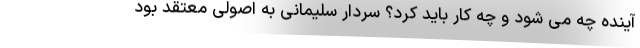
آینده چه می شود و چه کار باید کرد؟ سردار سلیمانی به اصولی معتقد بود